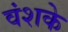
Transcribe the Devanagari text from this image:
वंशके